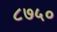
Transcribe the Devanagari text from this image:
८७५०